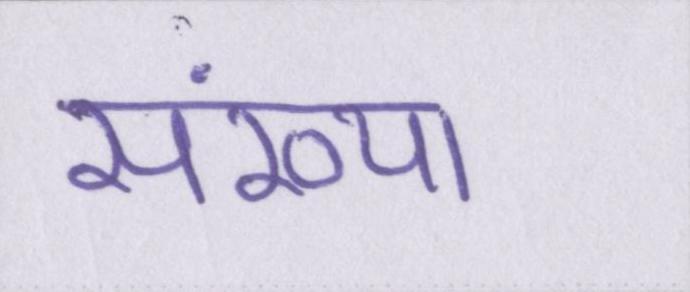
संख्या